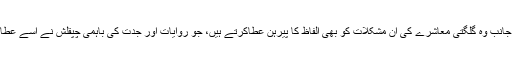
دوسری جانب وہ گلگتی معاشرے کی ان مشکلات کو بھی الفاظ کا پیرہن عطاکرتے ہیں، جو روایات اور جدت کی باہمی چپقلش نے اسے عطا کی ہیں۔